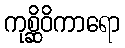
ကုစ္ဆိဝိကာရော